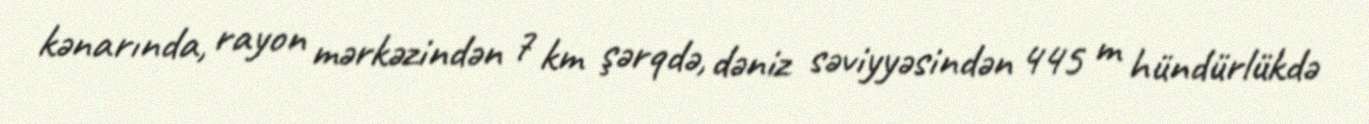
kənarında, rayon mərkəzindən 7 km şərqdə, dəniz səviyyəsindən 445 m hündürlükdə